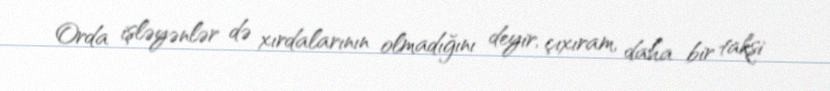
Orda işləyənlər də xırdalarının olmadığını deyir, çıxıram, daha bir taksi